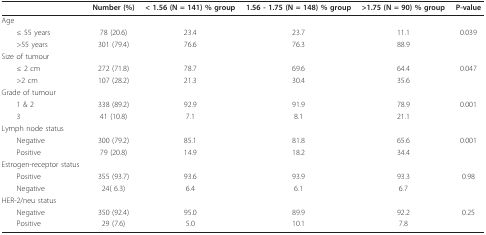
<table><thead><tr><td></td><td><b>Number (%)</b></td><td><b>&lt; 1.56 (N = 141) % group</b></td><td><b>1.56 - 1.75 (N = 148) % group</b></td><td><b>&gt;1.75 (N = 90) % group</b></td><td><b>P-value</b></td></tr></thead><tbody><tr><td>Age</td><td></td><td></td><td></td><td></td><td></td></tr><tr><td> ≤ 55 years</td><td>78 (20.6)</td><td>23.4</td><td>23.7</td><td>11.1</td><td>0.039</td></tr><tr><td> &gt;55 years</td><td>301 (79.4)</td><td>76.6</td><td>76.3</td><td>88.9</td><td></td></tr><tr><td>Size of tumour</td><td></td><td></td><td></td><td></td><td></td></tr><tr><td> ≤ 2 cm</td><td>272 (71.8)</td><td>78.7</td><td>69.6</td><td>64.4</td><td>0.047</td></tr><tr><td> &gt;2 cm</td><td>107 (28.2)</td><td>21.3</td><td>30.4</td><td>35.6</td><td></td></tr><tr><td>Grade of tumour</td><td></td><td></td><td></td><td></td><td></td></tr><tr><td> 1 &amp; 2</td><td>338 (89.2)</td><td>92.9</td><td>91.9</td><td>78.9</td><td>0.001</td></tr><tr><td> 3</td><td>41 (10.8)</td><td>7.1</td><td>8.1</td><td>21.1</td><td></td></tr><tr><td>Lymph node status</td><td></td><td></td><td></td><td></td><td></td></tr><tr><td> Negative</td><td>300 (79.2)</td><td>85.1</td><td>81.8</td><td>65.6</td><td>0.001</td></tr><tr><td> Positive</td><td>79 (20.8)</td><td>14.9</td><td>18.2</td><td>34.4</td><td></td></tr><tr><td>Estrogen-receptor status</td><td></td><td></td><td></td><td></td><td></td></tr><tr><td> Positive</td><td>355 (93.7)</td><td>93.6</td><td>93.9</td><td>93.3</td><td>0.98</td></tr><tr><td> Negative</td><td>24( 6.3)</td><td>6.4</td><td>6.1</td><td>6.7</td><td></td></tr><tr><td>HER-2/neu status</td><td></td><td></td><td></td><td></td><td></td></tr><tr><td> Negative</td><td>350 (92.4)</td><td>95.0</td><td>89.9</td><td>92.2</td><td>0.25</td></tr><tr><td> Positive</td><td>29 (7.6)</td><td>5.0</td><td>10.1</td><td>7.8</td><td></td></tr></tbody></table>